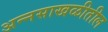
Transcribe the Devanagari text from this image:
अन्नसाखळीतील